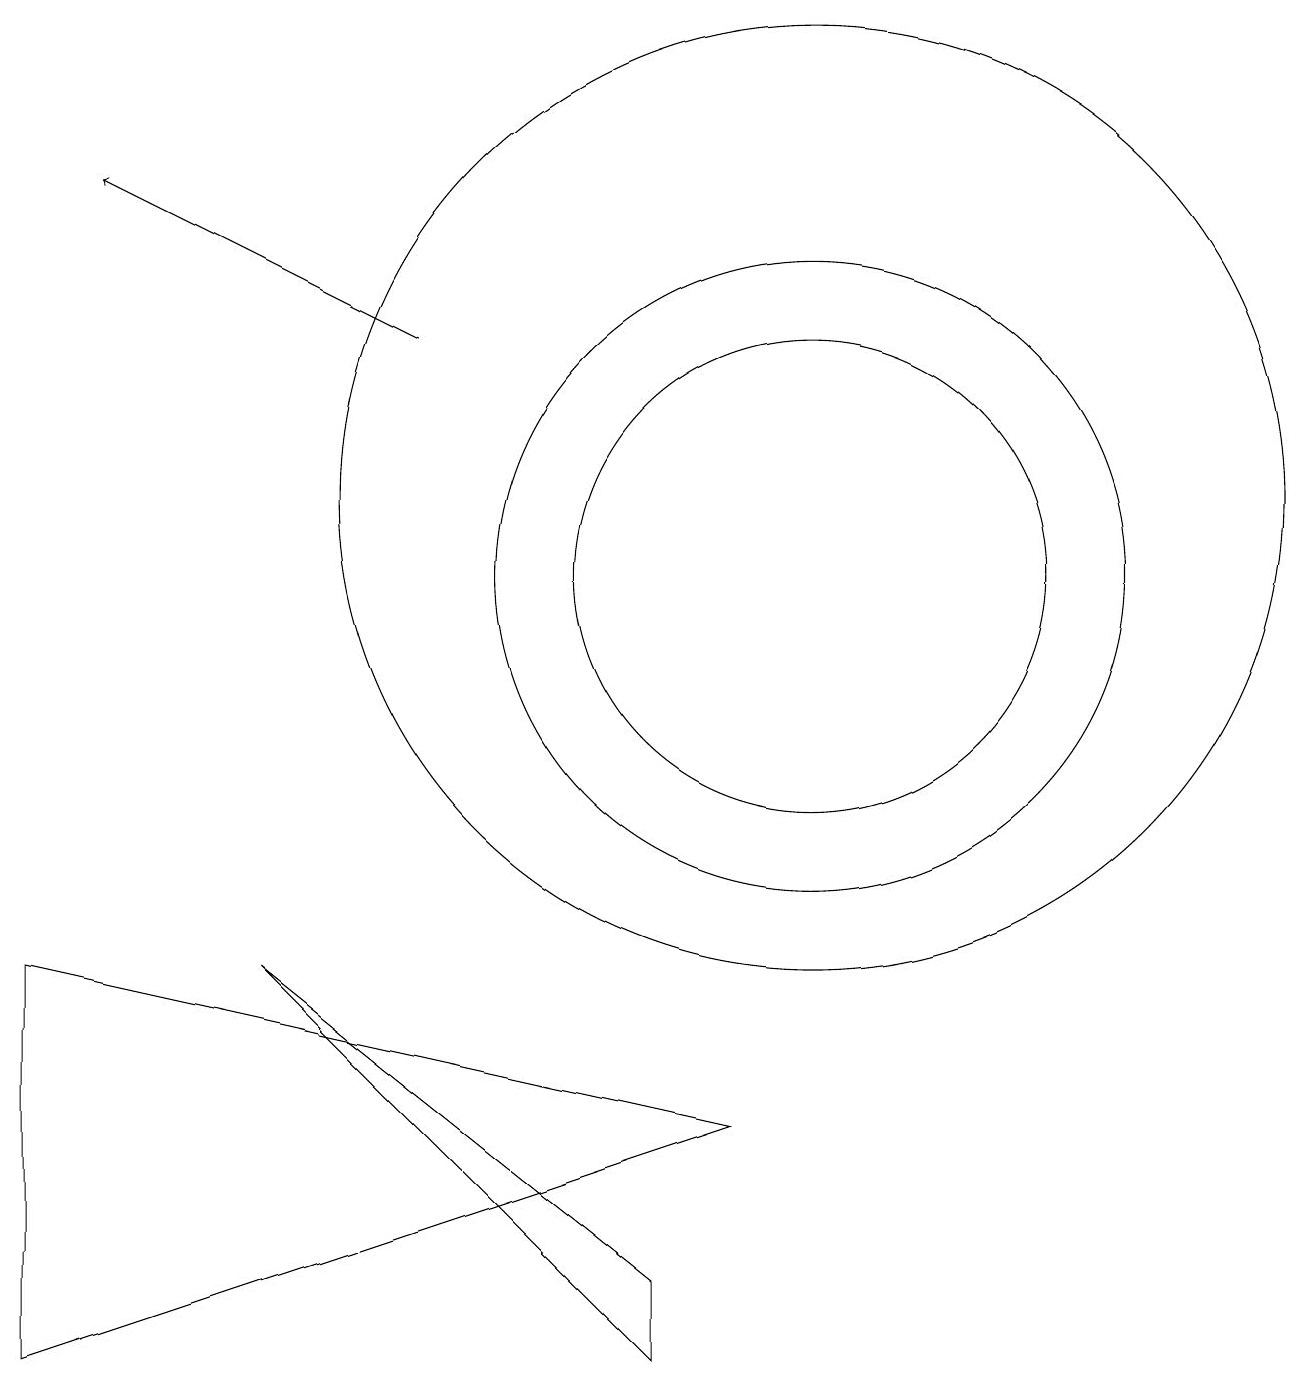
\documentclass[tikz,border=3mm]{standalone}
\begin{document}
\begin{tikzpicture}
\draw (10,10) circle (3);
\draw (10,10) circle (4);
\draw (8,0) -- (3,5) -- (8,1) -- cycle;
\draw (0,5) -- (9,3) -- (0,0) -- cycle;
\draw (10,11) circle (6);
\draw[->] (5,13) -- (1,15);
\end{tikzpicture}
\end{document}